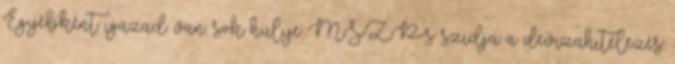
Egyébként igazad van: sok hülye MSZP-s szidja a devizahitelezés